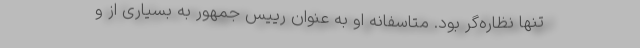
تنها نظاره‌گر بود. متاسفانه او به عنوان رییس جمهور به بسیاری از و